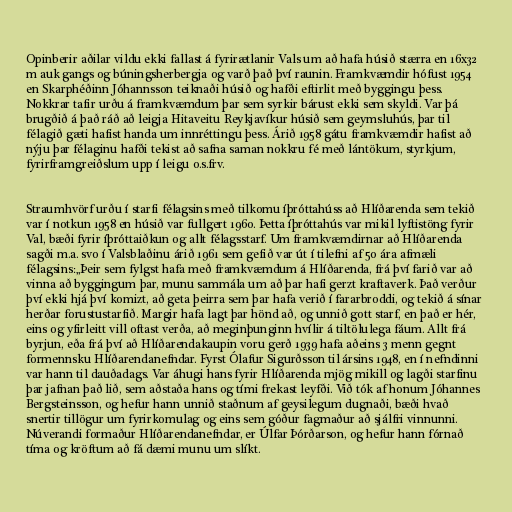
Opinberir aðilar vildu ekki fallast á fyrirætlanir Vals um að hafa húsið stærra en 16x32
m auk gangs og búningsherbergja og varð það því raunin. Framkvæmdir hófust 1954
en Skarphéðinn Jóhannsson teiknaði húsið og hafði eftirlit með byggingu þess.
Nokkrar tafir urðu á framkvæmdum þar sem syrkir bárust ekki sem skyldi. Var þá
brugðið á það ráð að leigja Hitaveitu Reykjavíkur húsið sem geymsluhús, þar til
félagið gæti hafist handa um innréttingu þess. Árið 1958 gátu framkvæmdir hafist að
nýju þar félaginu hafði tekist að safna saman nokkru fé með lántökum, styrkjum,
fyrirframgreiðslum upp í leigu o.s.frv.

Straumhvörf urðu í starfi félagsins með tilkomu íþróttahúss að Hlíðarenda sem tekið
var í notkun 1958 en húsið var fullgert 1960. Þetta íþróttahús var mikil lyftistöng fyrir
Val, bæði fyrir íþróttaiðkun og allt félagsstarf. Um framkvæmdirnar að Hlíðarenda
sagði m.a. svo í Valsblaðinu árið 1961 sem gefið var út í tilefni af 50 ára afmæli
félagsins:„Þeir sem fylgst hafa með framkvæmdum á Hlíðarenda, frá því farið var að
vinna að byggingum þar, munu sammála um að þar hafi gerzt kraftaverk. Það verður
því ekki hjá því komizt, að geta þeirra sem þar hafa verið í fararbroddi, og tekið á sínar
herðar forustustarfið. Margir hafa lagt þar hönd að, og unnið gott starf, en það er hér,
eins og yfirleitt vill oftast verða, að meginþunginn hvílir á tiltölulega fáum. Allt frá
byrjun, eða frá því að Hlíðarendakaupin voru gerð 1939 hafa aðeins 3 menn gegnt
formennsku Hlíðarendanefndar. Fyrst Ólafur Sigurðsson til ársins 1948, en í nefndinni
var hann til dauðadags. Var áhugi hans fyrir Hlíðarenda mjög mikill og lagði starfinu
þar jafnan það lið, sem aðstaða hans og tími frekast leyfði. Við tók af honum Jóhannes
Bergsteinsson, og hefur hann unnið staðnum af geysilegum dugnaði, bæði hvað
snertir tillögur um fyrirkomulag og eins sem góður fagmaður að sjálfri vinnunni.
Núverandi formaður Hlíðarendanefndar, er Úlfar Þórðarson, og hefur hann fórnað
tíma og kröftum að fá dæmi munu um slíkt.